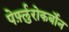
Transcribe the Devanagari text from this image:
पेर्फ़्लुरोकर्बोन